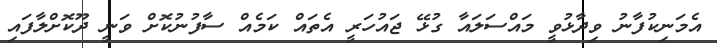
އެމަނިކުފާނު ވިދާޅުވީ މައްސަލައާ ގުޅޭ ޖައުހަރީ އެތައް ކަމެއް ސާފުނުކޮށް ވަނީ ދޫކޮށްލާފައި